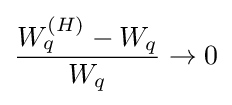
{\frac {W_{q}^{(H)}-W_{q}}{W_{q}}}\rightarrow 0